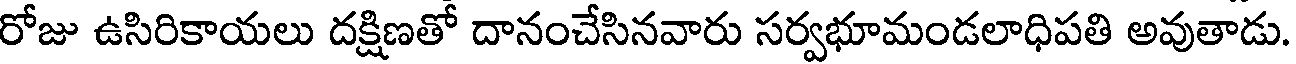
రోజు ఉసిరికాయలు దక్షిణతో దానంచేసినవారు సర్వభూమండలాధిపతి అవుతాడు.